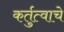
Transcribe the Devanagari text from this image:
कर्तुत्वाचे